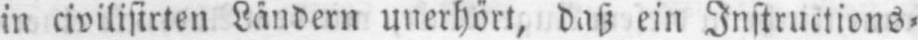
in civilisirten Ländern unerhört, daß ein Instructions⸗